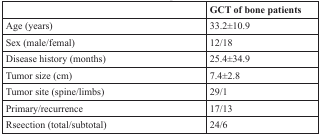
<table><thead><tr><td></td><td><b>GCT of bone patients</b></td></tr></thead><tbody><tr><td>Age (years)</td><td>33.2±10.9</td></tr><tr><td>Sex (male/femal)</td><td>12/18</td></tr><tr><td>Disease history (months)</td><td>25.4±34.9</td></tr><tr><td>Tumor size (cm)</td><td>7.4±2.8</td></tr><tr><td>Tumor site (spine/limbs)</td><td>29/1</td></tr><tr><td>Primary/recurrence</td><td>17/13</td></tr><tr><td>Rseection (total/subtotal)</td><td>24/6</td></tr></tbody></table>